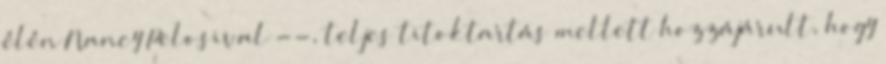
élén Nancy Pelosival --, teljes titoktartás mellett hozzájárult, hogy